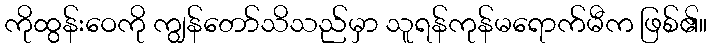
ကိုထွန်းဝေကို ကျွန်တော်သိသည်မှာ သူရန်ကုန်မရောက်မီက ဖြစ်၏။